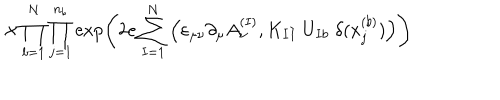
\times \prod _ { b = 1 } ^ { N } \prod _ { j = 1 } ^ { n _ { b } } \exp \left( 2 e \sum _ { I = 1 } ^ { N } \Big ( \varepsilon _ { \mu \nu } \partial _ { \mu } A _ { \nu } ^ { ( I ) } , K _ { I I } \; U _ { I b } \; \delta ( x _ { j } ^ { ( b ) } ) \Big ) \right)